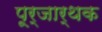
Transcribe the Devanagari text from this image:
पूर्जार्थक